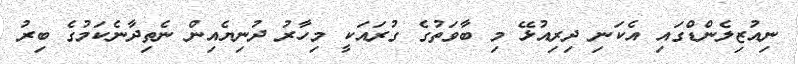
ނިއުޒިލެންޑްގައި އެކަނި ދިރިއުޅޭ މި ބާވަތުގެ ގުރައަކީ މިހާރު ދުނިޔެއިން ނެތިދާނެކަމުގެ ބިރު